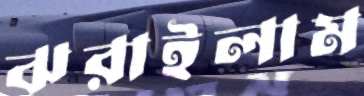
ঝরাইলাম